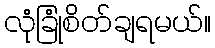
လုံခြုံစိတ်ချရမယ်။